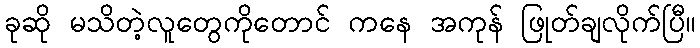
ခုဆို မသိတဲ့လူတွေကိုတောင် ကနေ အကုန် ဖြုတ်ချလိုက်ပြီ။